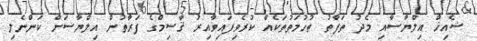
ޝެއިޚް އިލްޔާސާއި މެދު ތަފާތު ތުހުމަތުތަކެއް ކުރެވިފައިވާއިރު ޤާސިމްގެ ފަރާތުން އިލްޔާސަށް ކަންނެލި